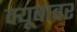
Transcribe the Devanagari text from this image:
क्यूबावर